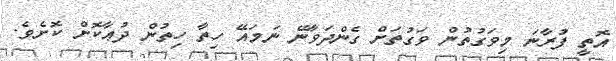
އޮތީ ފުރާނަ މިވަގުތުން ވަގުތަށް ގެންދަވާނޭ ނަމައޭ ހިތާ ހިތުން ދުޢާކޮށް ކޮށެވެ.